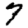
Digit: 7